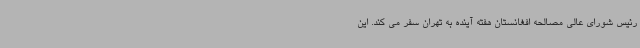
رئیس شورای عالی مصالحه افغانستان هفته آینده به تهران سفر می کند. این